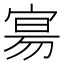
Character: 𫳞